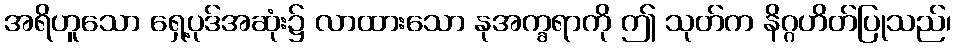
အရိဟူသော ရှေ့ပုဒ်အဆုံး၌ လာထားသော နုအက္ခရာကို ဤ သုတ်က နိဂ္ဂဟိတ်ပြုသည်၊